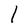
Character: l